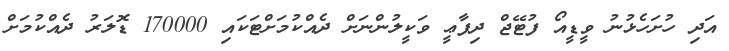
އަދި ހުށަހެޅުނު ވީޑީއޯ ފުޓޭޖް ދިފާޢީ ވަކީލުންނަށް ދެއްކުމަށްޓަކައި 170000 ޑޮލަރު ދެއްކުމަށް